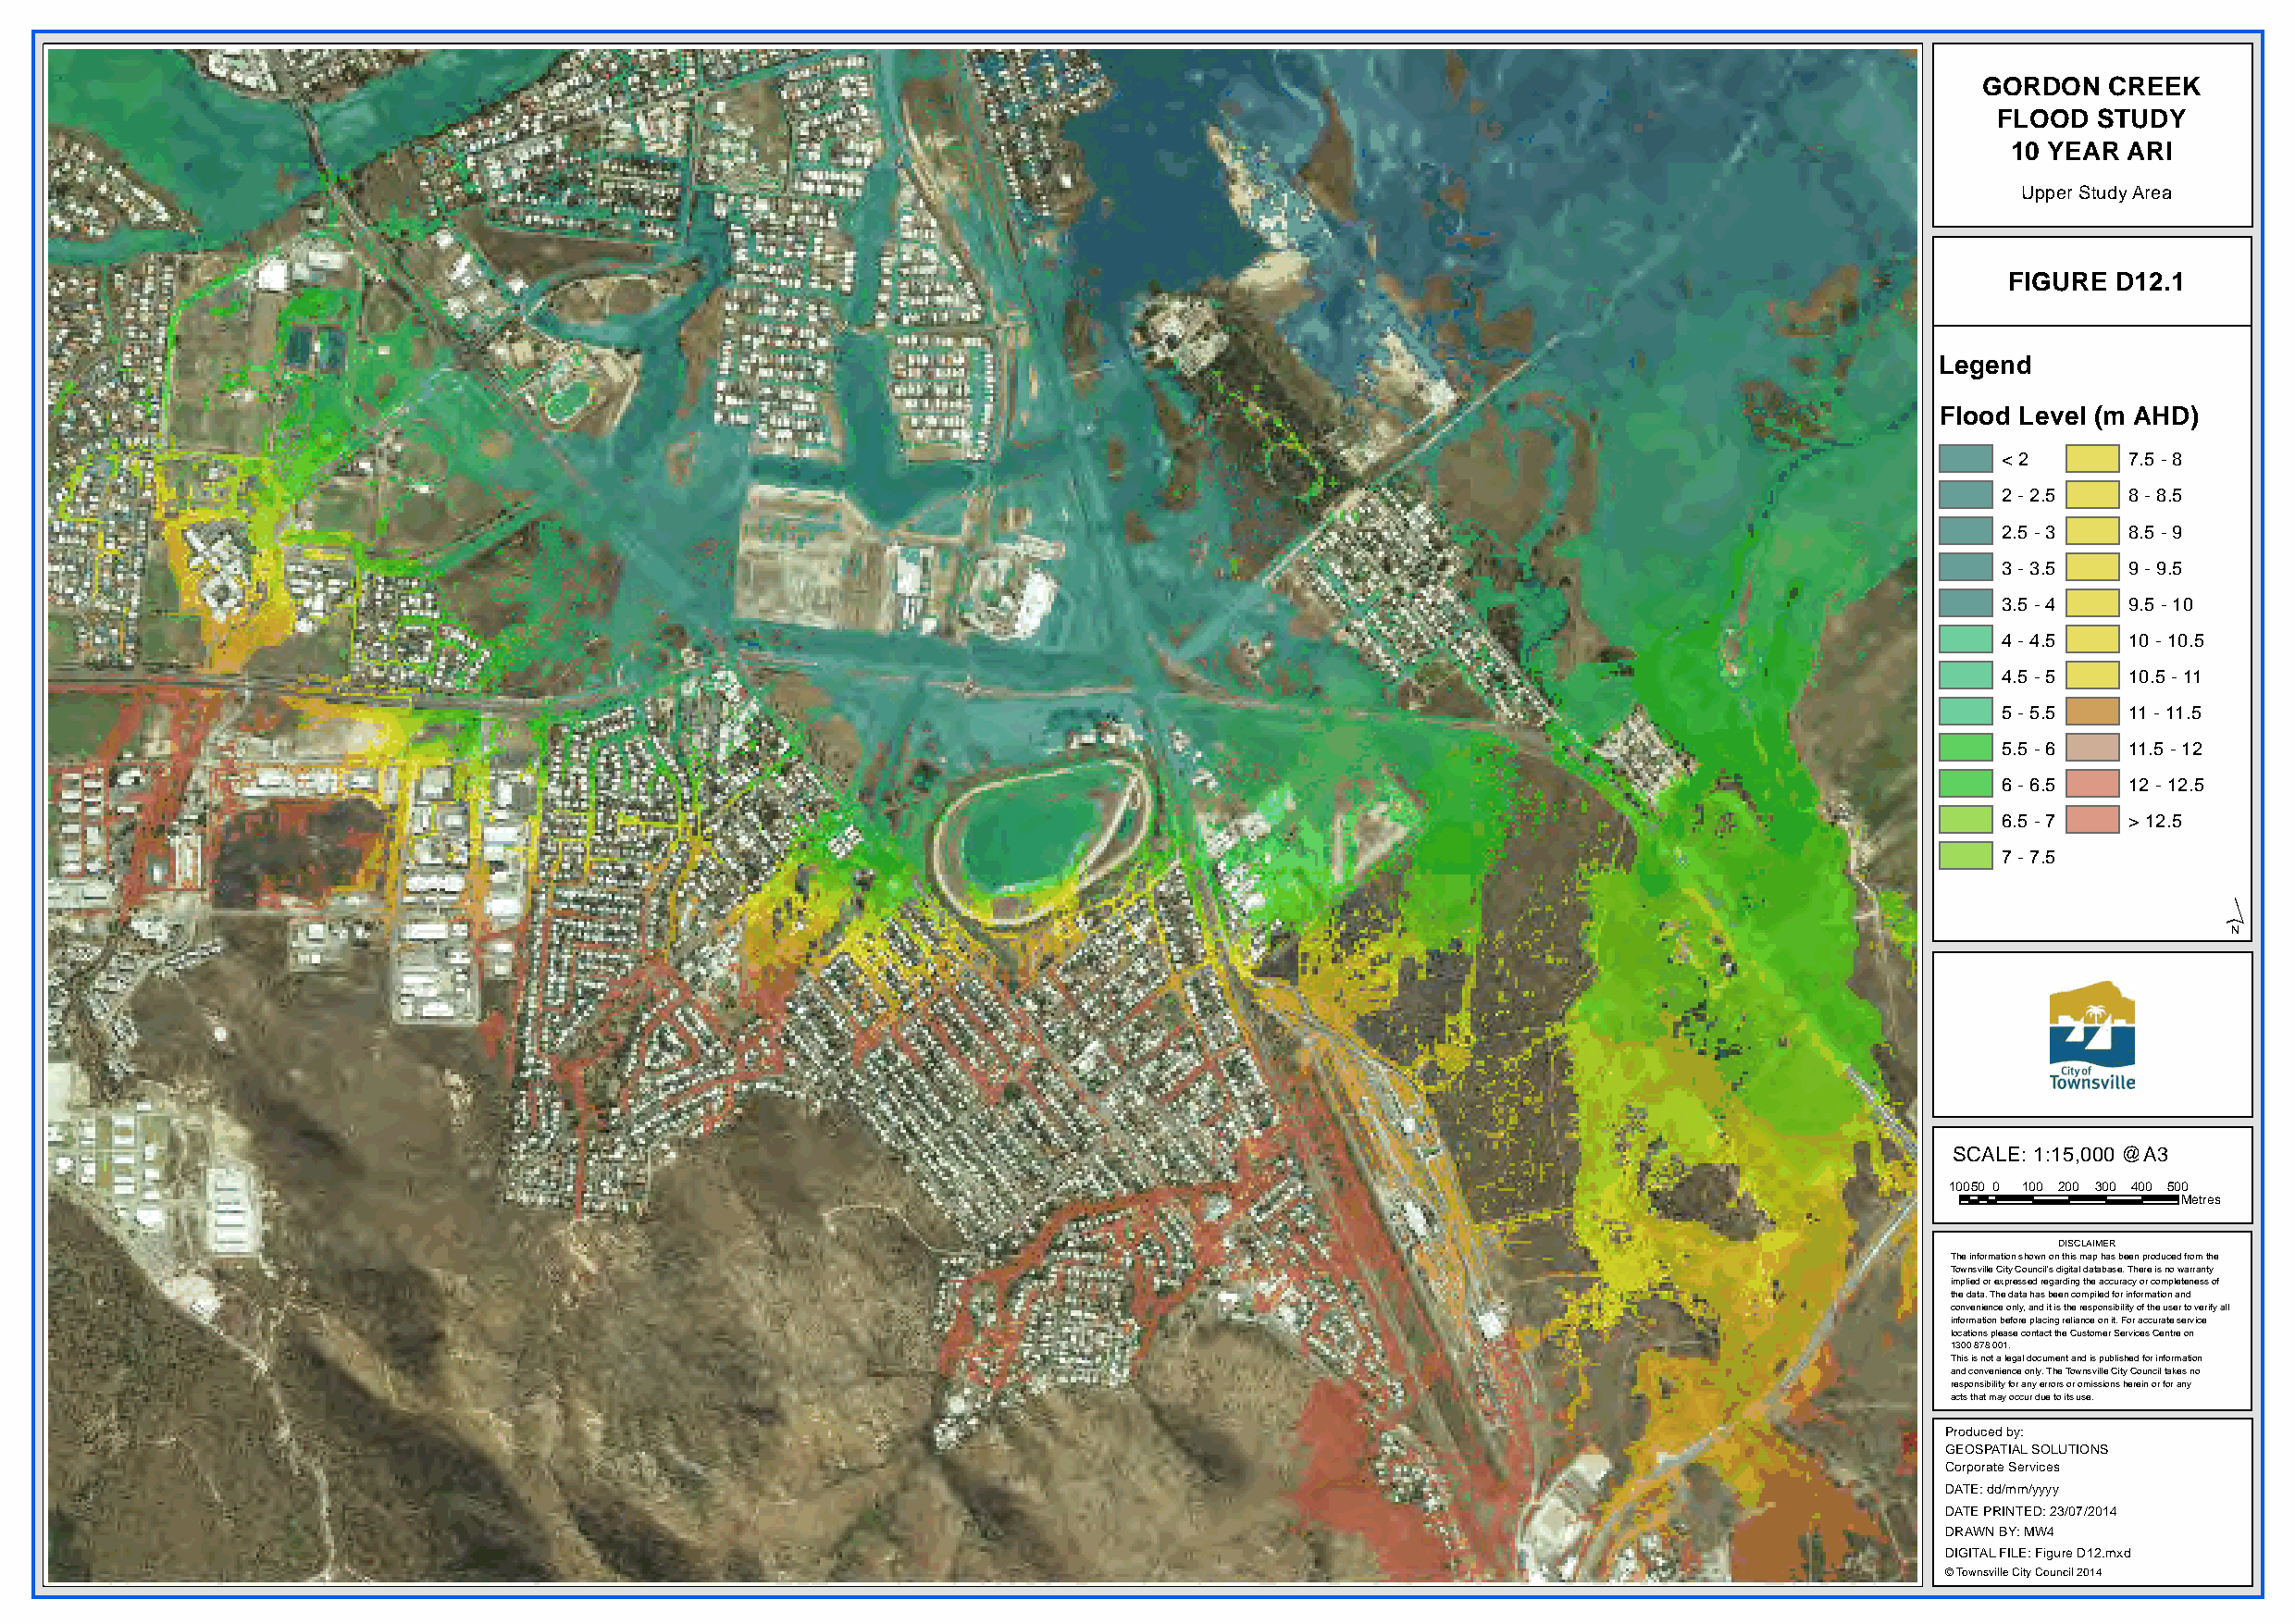
GORDON   CREEK
 FLOOD  STUDY
 10 YEAR ARI
 Upper Study Area
 FIGURE D12.1
 Legend
 Flood Level (m AHD)
 < 2      7.5 - 8
 2 - 2.5  8 - 8.5
 2.5 - 3  8.5 - 9
 3 - 3.5  9 - 9.5
 3.5 - 4  9.5 - 10
 4 - 4.5  10 - 10.5
 4.5 - 5  10.5 - 11
 5 - 5.5  11 - 11.5
 5.5 - 6  11.5 - 12
 6 - 6.5  12 - 12.5
 6.5 - 7  > 12.5
 7 - 7.5
 ´
 SCALE: 1:15,000 @A3
 10050 0 100 200 300 400 500
 Metres
 DISCLAIMER
 The information shown on this map has been produced from the
 Townsville City Council's digital database. There is no warranty
 implied or expressed regarding the accuracy or completeness of
 the data. The data has been compiled for information and
 convenience only, and it is the responsibility of the user to verify all
 information before placing reliance on it. For accurate service
 locations please contact the Customer Services Centre on
 1300 878 001.
 This is not a legal document and is published for information
 and convenience only. The Townsville City Council takes no
 responsibility for any errors or omissions herein or for any
 acts that may occur due to its use.
 Produced by:
 GEOSPATIAL SOLUTIONS
 Corporate Services
 DATE: dd/mm/yyyy
 DATE PRINTED: 23/07/2014
 DRAWN BY: MW4
 DIGITAL FILE: Figure D12.mxd
 © Townsville City Council 2014